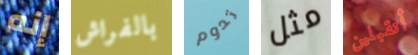
إنه بالفراش تدوم مثل أتقبلين